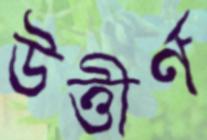
উত্তীর্ণ